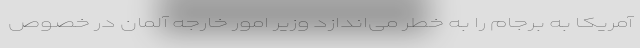
آمریکا به برجام را به خطر می‌اندازد وزیر امور خارجه آلمان در خصوص